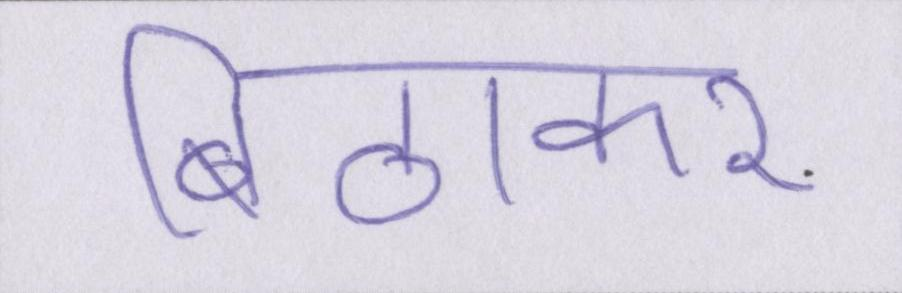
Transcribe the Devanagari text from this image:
बिठाकर